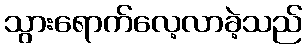
သွားရောက်လေ့လာခဲ့သည်